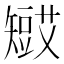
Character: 𥐋